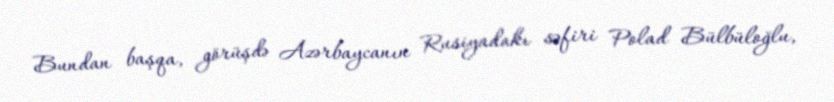
Bundan başqa, görüşdə Azərbaycanın Rusiyadakı səfiri Polad Bülbüloğlu,